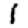
Digit: 1